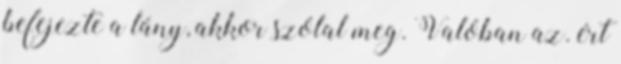
befejezte a lány, akkor szólal meg. Valóban az. ért